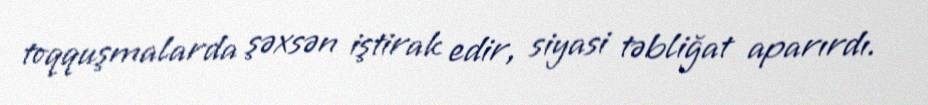
toqquşmalarda şəxsən iştirak edir, siyasi təbliğat aparırdı.